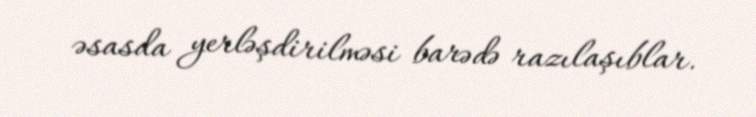
əsasda yerləşdirilməsi barədə razılaşıblar.